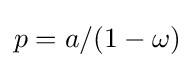
p=a/(1-\omega )